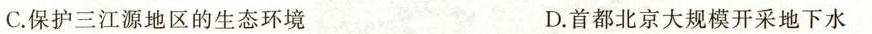
C.保护三江源地区的生态环境 D.首都北京大规模开采地下水